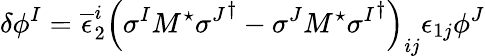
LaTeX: \delta\phi^{I}=\overline{{{\epsilon}}}_{2}^{i}\left(\sigma^{I}M^{\star}{\sigma^{J}}^{\dagger}-\sigma^{J}M^{\star}{\sigma^{I}}^{\dagger}\right)_{ij}\epsilon_{1j}\phi^{J}